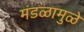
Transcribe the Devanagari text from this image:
मंडळामुळे